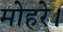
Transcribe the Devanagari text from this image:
मोहरे।